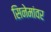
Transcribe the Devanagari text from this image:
सिनेमांवर